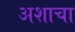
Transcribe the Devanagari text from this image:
अशाचा